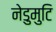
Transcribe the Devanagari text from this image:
नेडुमुटि